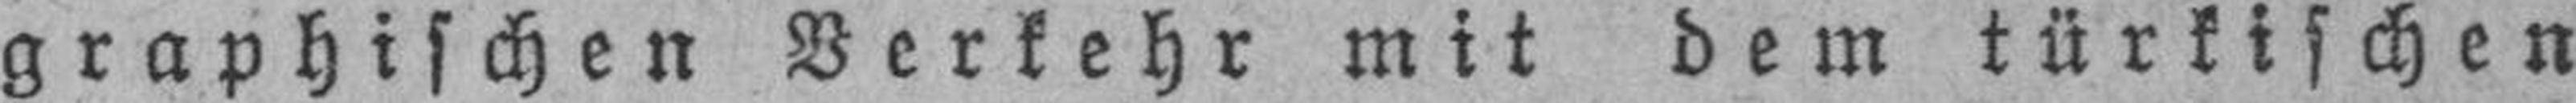
graphischen Verkehr mit dem türkischen